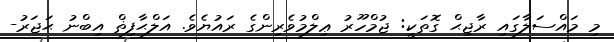
މި މައްސަލާގައި ރާޖިޙް ގޮތަކީ: ޖުމްހޫރު ޢިލްމުވެރިންގެ ރައުޔެވެ. އަލްޙާފިޡް އިބްނު ޙަޖަރު-